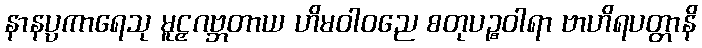
နာနပ္ပကာရေသု မူဠှဂဗ္ဘတာယ ဟိမဝါဝညေ စတုပဉ္စဝါရာ ဗာဟိရပတ္တာနိ